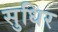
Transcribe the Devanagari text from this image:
सुधिर